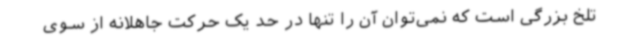
تلخ بزرگی است که نمی‌توان آن را تنها در حد یک حرکت جاهلانه از سوی